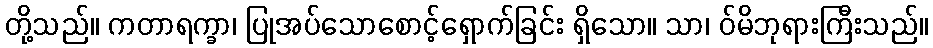
တို့သည်။ ကတာရက္ခာ၊ ပြုအပ်သောစောင့်ရှောက်ခြင်း ရှိသော။ သာ၊ ဝ်မိဘုရားကြီးသည်။